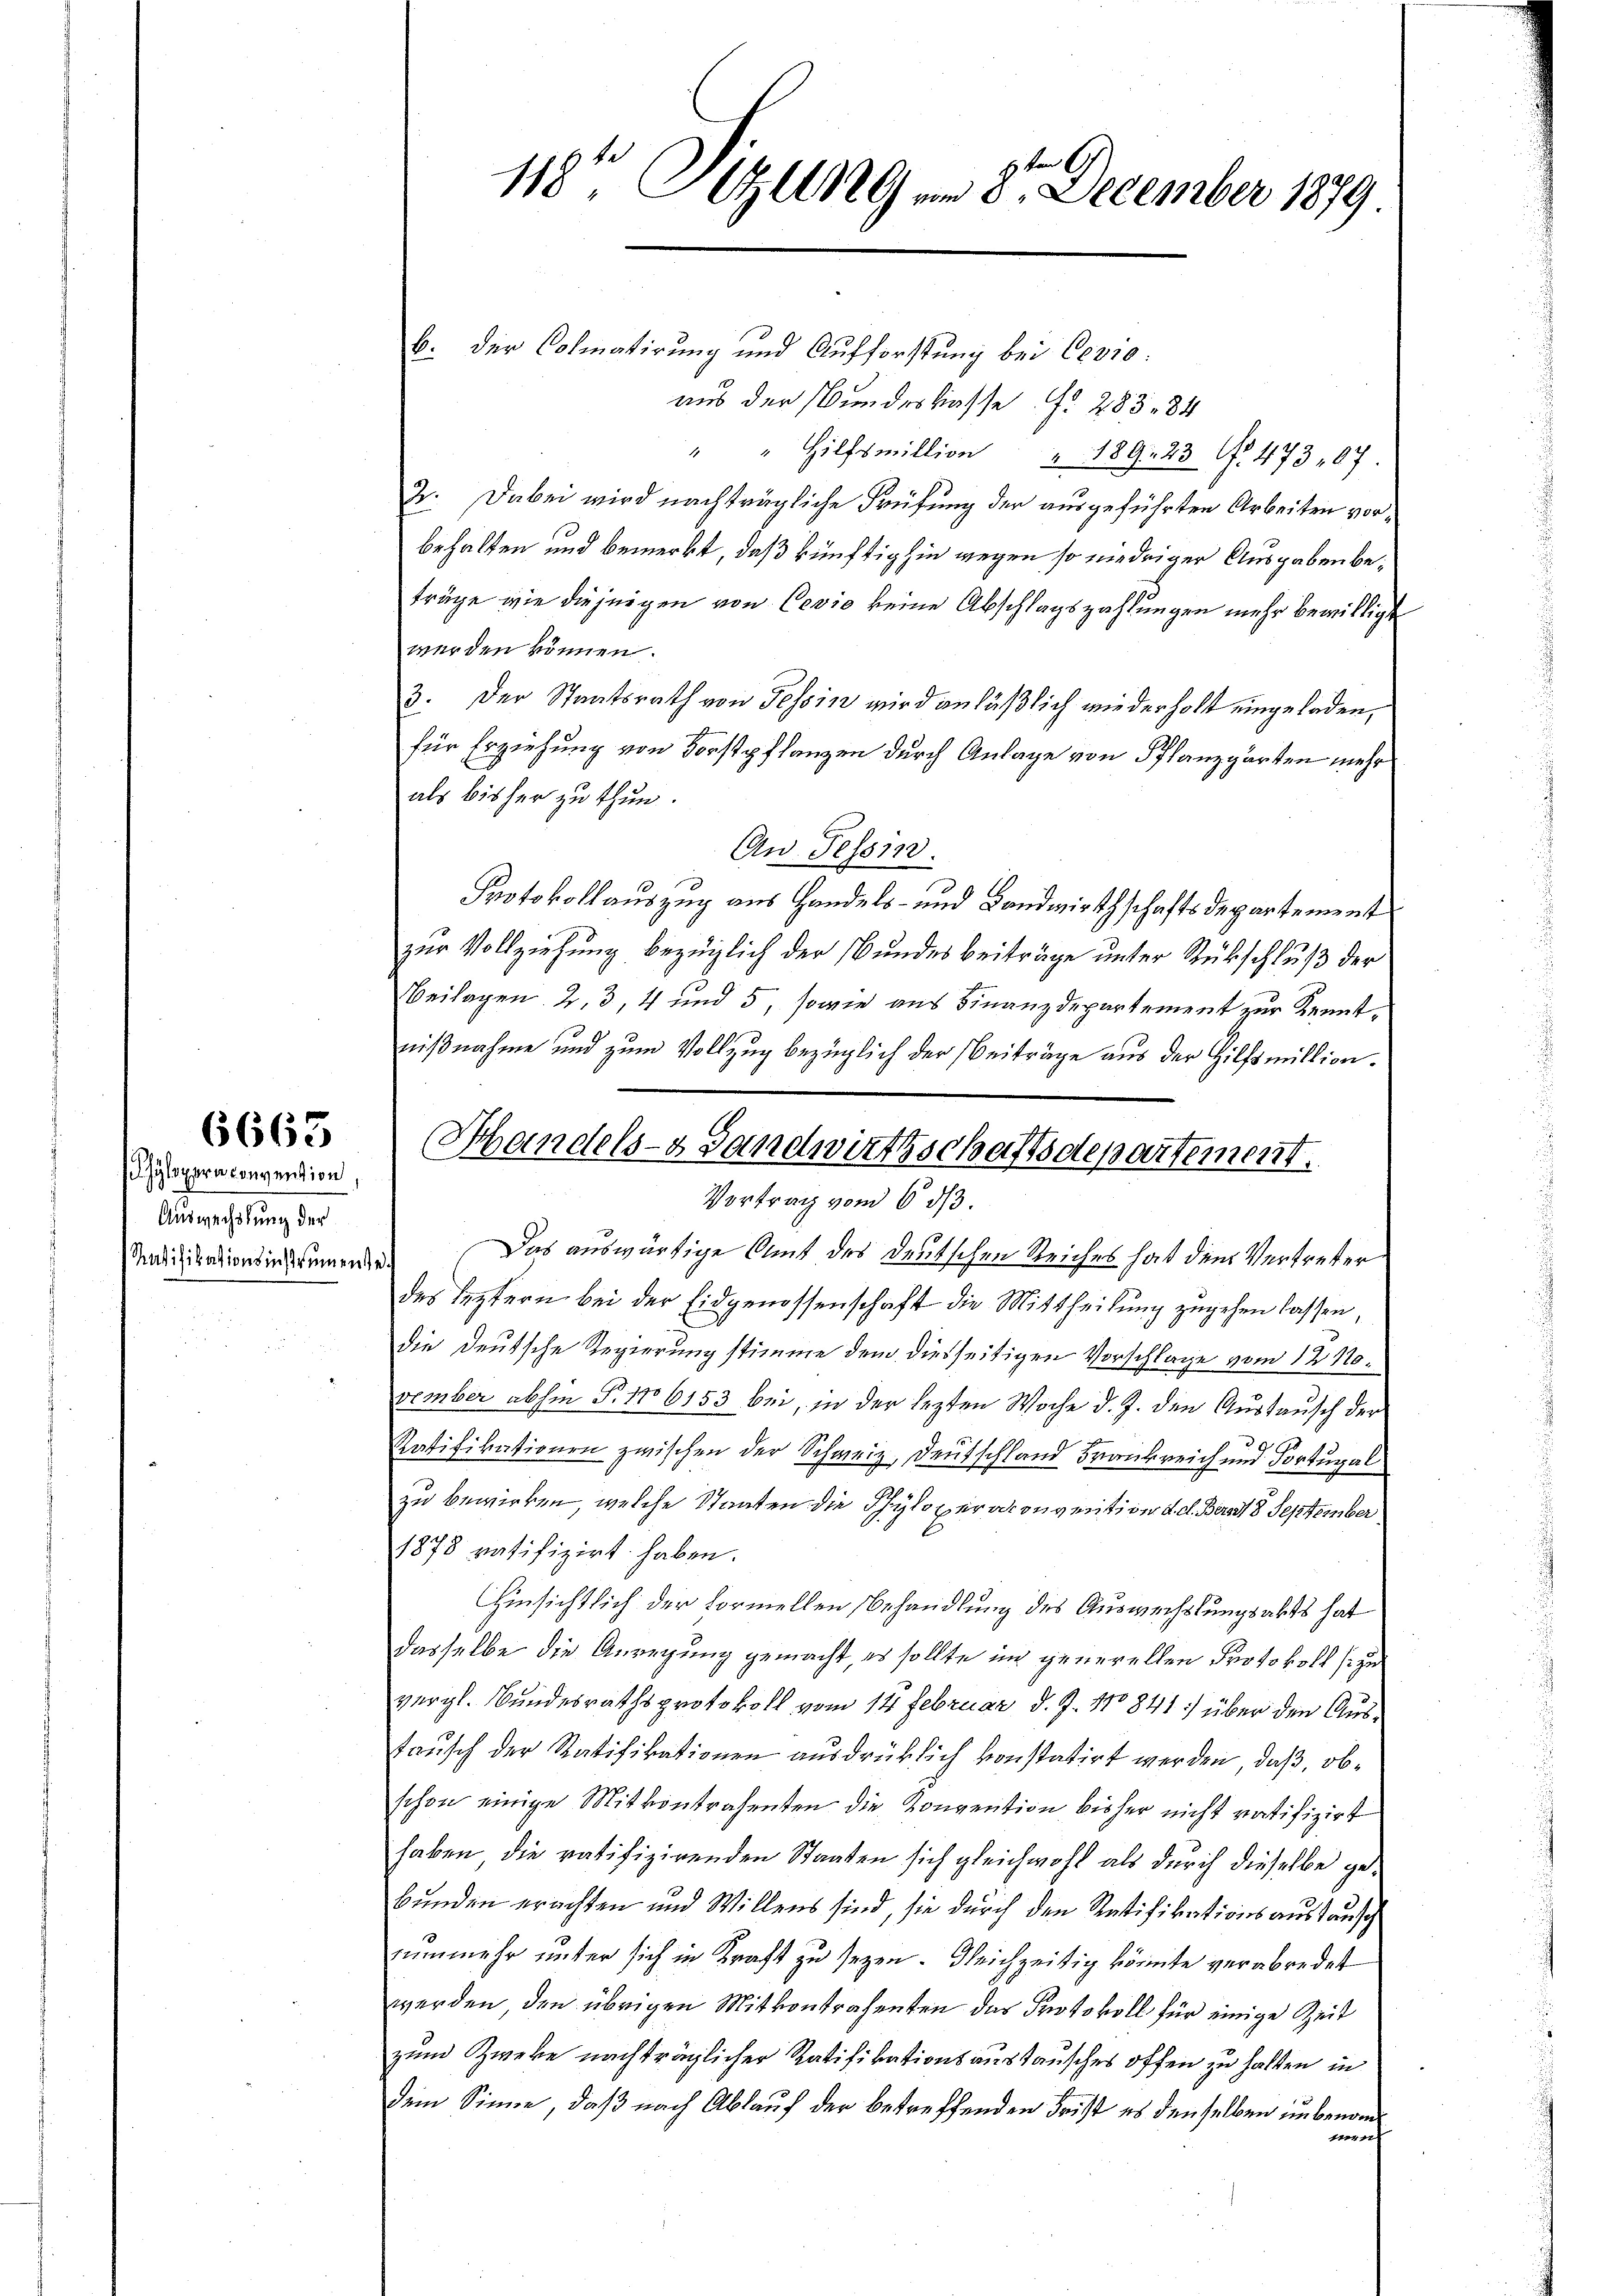
6663

hylopera convention
Auswechslung der

b. der Colmatirung und Aufforstung bei Cevio:
aus der Bundeskasse . 283. 84
" " Hilfsmillion " 189. 23. No. 473,07
2. Dabei wird nachträgliche Prüfung der ausgeführten Arbeiten vorbehalten und bemerkt, daß künftighin wegen so niedriger Ausgaben beträge wie diejenigen von Cevio keine Abschlagszahlungen mehr bewilligt
werden können.
3: Der Staatsrath von Tessin wird anläßlich wiederholt eingeladen,
für Erziehung von Forstpflanzen durch Anlage von Pflanzgärten mehr
als bisher zu thun.
Aw. Tessin.
Protokollauszug aus Handels- und Landwirthschaftsdepartement
zur Vollziehung bezüglich der Bundesbeiträge unter Rückschluß der
Beilagen. 2, 3, 4 und 5, sowie aus Finanzdepartement zur Kenntnißnahme und zum Vollzug bezüglich der Beiträge aus der Hilfsmittion¬
Vortrag vom 6. ds.
Madiationsinsamendes Das auswärtige Amt des deutschen Reiches hat den Vertreter
des leztern bei der Eidgenossenschaft die Mittheilung zugehen lassen,
die Deutsche Regierung stimme dem diesseitigen Vorschlage vom 12. 10.
vember abhin Fr. 116153 bei, in der lezten Woche d. J. die Austausch der
Ratifikationen zwischen der Schweiz, Deutschland Frankreich und Portugal
zu bewirken, welche Staaten die Schyloperaconvention d. d. Bern 8 September
1878 ratifizirt haben.
Hinsichtlich der Vormellen Behandlung des Auswechslungsakts hat
dasselbe die Anregung gemacht, es sollte im generellen Protokoll zu
vergl. Bundesrathsprotokoll vom 14. Februar d. J. 170841:) über den Austausch der Ratifikationen ausdrücklich konstatirt werden, daß, obschon einige Mitkontrahenten die Konvention bisher nicht ratifizirt
haben, die ratifizirenden Staaten sich gleichwohl als durch dieselbe gebunden erachten und Willens sind, sie durch den Ratifikationsaustausch
nunmehr unter sich in Kraft zu seyen. Gleichzeitig könnte verabredet
werden, den übrigen Mitkontrahenten der Protokoll für einige Zeit
zum Zweke nachträglicher Ratifikationsaustausches offen zu halten in
dem Sinne, daß nach Ablauf der betreffenden Frist es denselben unbenom¬
 4 f 2 x

118te Sitzung u. 8. December 1879

(Handels- Landwirthschaftsdepartement.